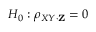
H _ { 0 } : \rho _ { X Y \cdot \mathbf { Z } } = 0